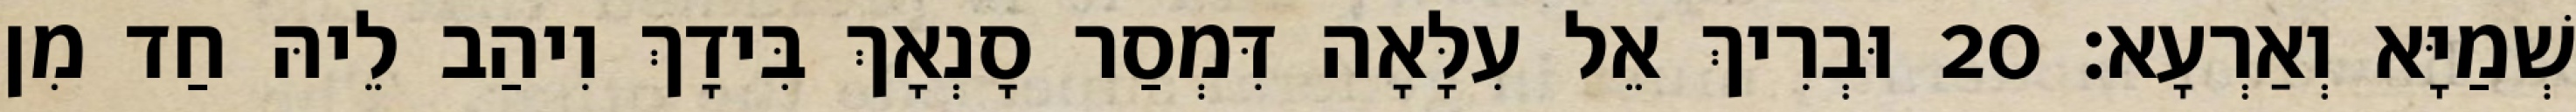
שְׁמַיָּא וְאַרְעָא׃ 20 וּבְרִיךְ אֵל עִלָּאָה דִּמְסַר סָנְאָךְ בִּידָךְ וִיהַב לֵיהּ חַד מִן